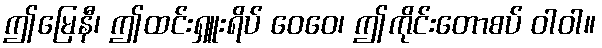
ဤမြေနီ၊ ဤထင်းရှူးရိပ် ဝေဝေ၊ ဤကိုင်းတောစပ် ဝါဝါ။